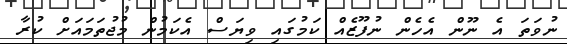
ނުވަތަ އެ ނޫން އެހެން ނުފޫޒެއް ކަމުގައި ވިޔަސް އެކަމުން މުޖުތަމައަށް ކުރާ